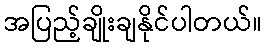
အပြည့်ချိုးချနိုင်ပါတယ်။